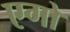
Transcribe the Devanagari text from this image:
एगो